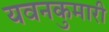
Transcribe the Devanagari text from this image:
यवनकुमारी